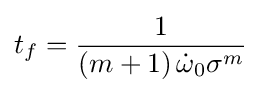
t_{f}={\frac {1}{\left(m+1\right){\dot {\omega }}_{0}\sigma ^{m}}}